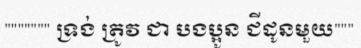
""""""" ទ្រង់ ត្រូវ ជា បងប្អូន ជីដូនមួយ"""